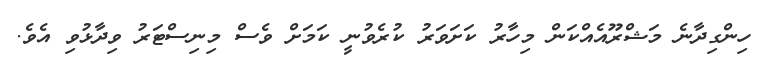
ހިންގިދާނެ މަޝްރޫއެއްކަން މިހާރު ކަށަވަރު ކުރެވުނީ ކަމަށް ވެސް މިނިސްޓަރު ވިދާޅުވި އެވެ.